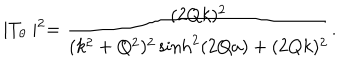
\mid T _ { \theta } \mid ^ { 2 } = \frac { ( 2 Q k ) ^ { 2 } } { ( k ^ { 2 } + Q ^ { 2 } ) ^ { 2 } \sinh ^ { 2 } ( 2 Q a ) + ( 2 Q k ) ^ { 2 } } .